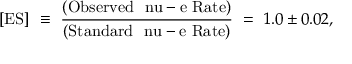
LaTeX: [ \mathrm { E S } ] ~ \equiv ~ \frac { \mathrm { ( O b s e r v e d ~ \ n u - e ~ R a t e ) } } { \mathrm { ( S t a n d a r d ~ \ n u - e ~ R a t e ) } } ~ = ~ 1 . 0 \pm 0 . 0 2 ,